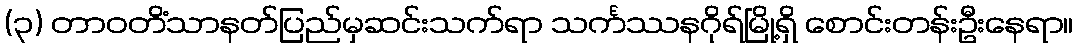
(၃) တာဝတိံသာနတ်ပြည်မှဆင်းသက်ရာ သင်္ကဿနဂိုရ်မြို့ရှိ စောင်းတန်းဦးနေရာ။